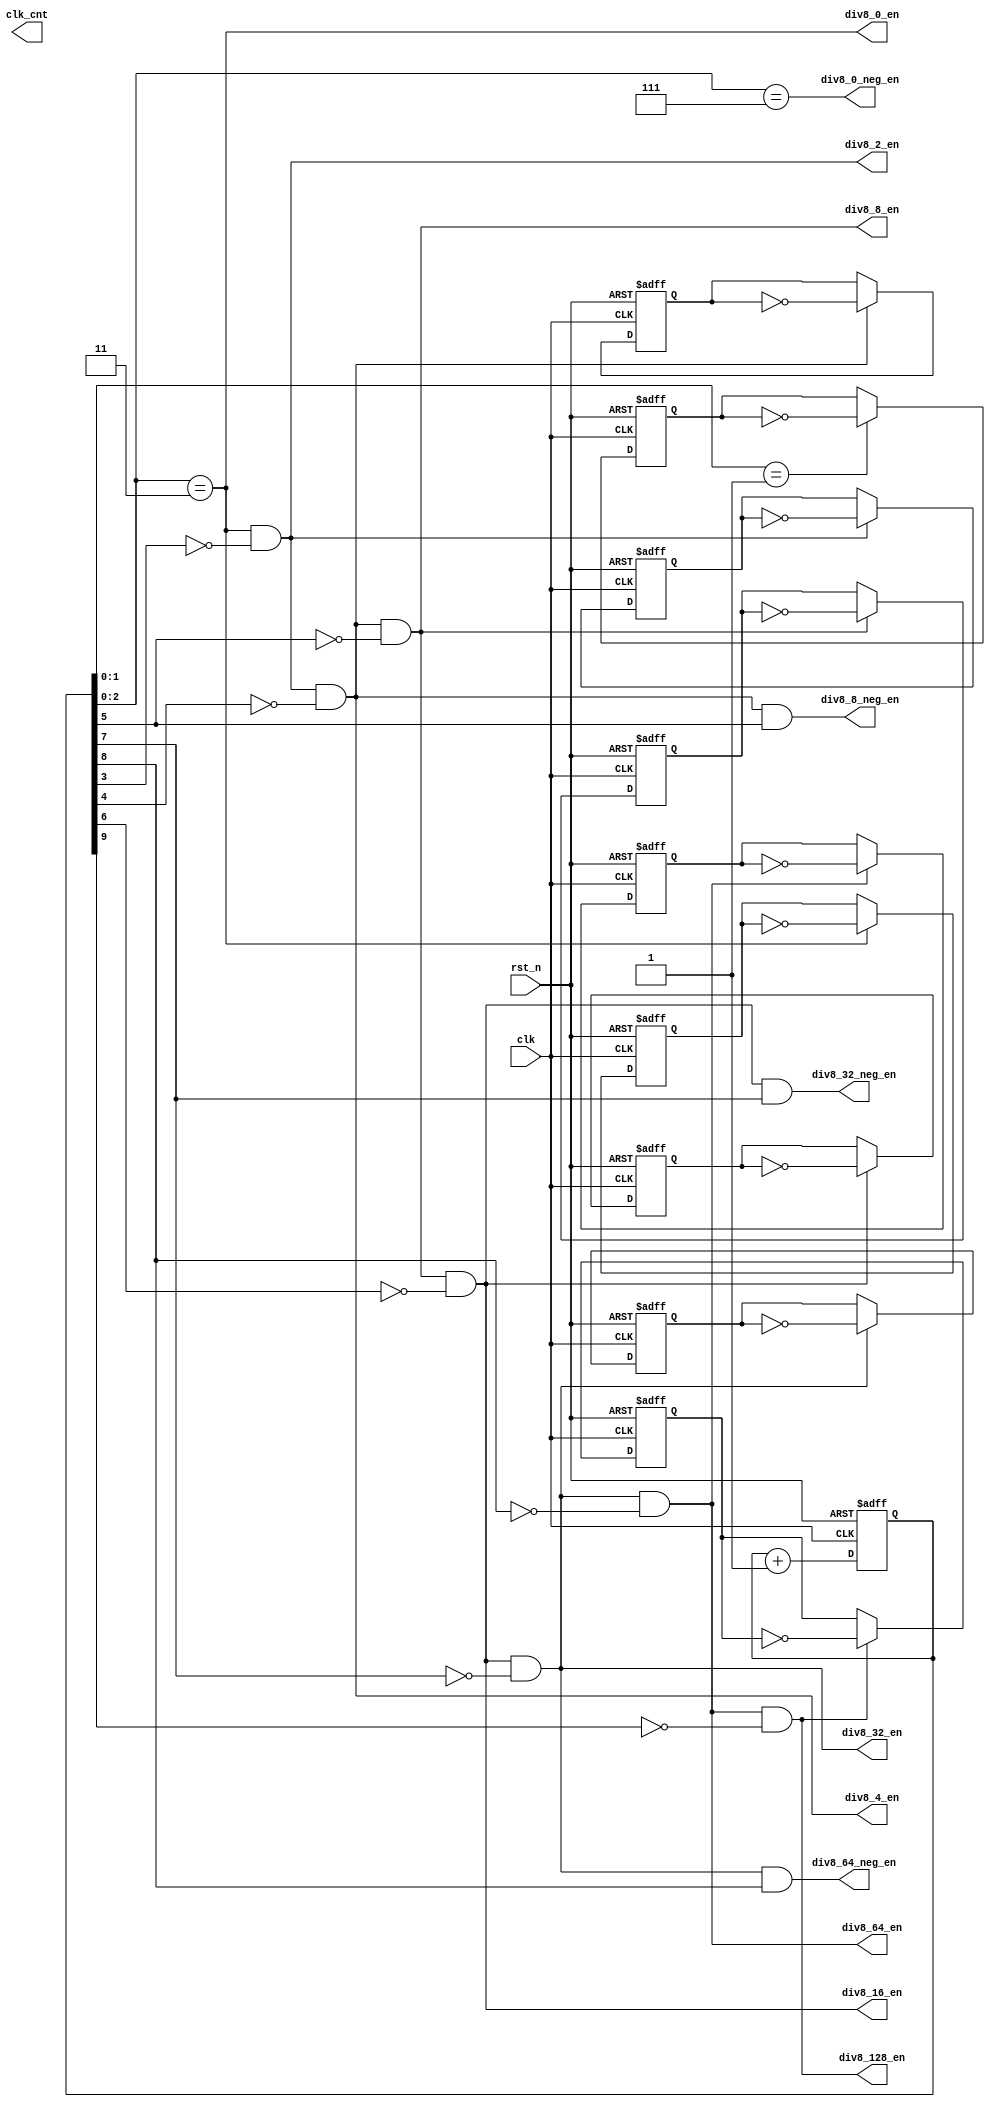
module clock_divider(
    clk,
    rst_n,
    div8_0_en,
    div8_0_neg_en,
    div8_2_en,
    div8_4_en,
    div8_8_en,
    div8_8_neg_en,
    div8_16_en,
    div8_32_en,
    div8_32_neg_en,
    div8_64_en,
    div8_64_neg_en,
    div8_128_en,
    clk_cnt
);

input              clk;
input              rst_n;
output             div8_0_en;       // 49.152 Mhz / 8    = 6.144 Mhz
output             div8_2_en;       // 49.152 Mhz / 16   = 3.072 Mhz
output             div8_4_en;       // 49.152 Mhz / 32   = 1.536 Mhz
output             div8_8_en;       // 49.152 Mhz / 64   = 768   khz
output             div8_16_en;      // 49.152 Mhz / 128  = 384   khz
output             div8_32_en;      // 49.152 Mhz / 256  = 192   khz
output             div8_64_en;      // 49.152 Mhz / 512  = 96    khz
output             div8_128_en;     // 49.152 Mhz / 1024 = 48    khz
output             div8_0_neg_en;   // 6.144 Mhz negedge
output             div8_8_neg_en;   // 768   khz negedge
output             div8_32_neg_en;  // 192   khz negedge
output             div8_64_neg_en;  // 96    khz negedge
output [9:0]       clk_cnt;

wire               div4_en;
wire               div8_0_en;       // 49.152 Mhz / 8    = 6.144 Mhz
wire               div8_2_en;       // 49.152 Mhz / 16   = 3.072 Mhz
wire               div8_4_en;       // 49.152 Mhz / 32   = 1.536 Mhz
wire               div8_8_en;       // 49.152 Mhz / 64   = 768   khz
wire               div8_16_en;      // 49.152 Mhz / 128  = 384   khz
wire               div8_32_en;      // 49.152 Mhz / 256  = 192   khz
wire               div8_64_en;      // 49.152 Mhz / 512  = 96    khz
wire               div8_128_en;     // 49.152 Mhz / 1024 = 48    khz
wire               div8_0_neg_en;   // 6.144 Mhz negedge
wire               div8_8_neg_en;   // 768   khz negedge
wire               div8_32_neg_en;  // 192   khz negedge
wire               div8_64_neg_en;  // 96    khz negedge
reg   [9:0]        div_cnt;
reg   [9:0]        clk_cnt;

//**********************************************************
//                    main logic
//**********************************************************
always @ (posedge clk or negedge rst_n) begin
    if (!rst_n)
        div_cnt <= 10'h0;
    else
        div_cnt <= div_cnt + 10'b1;
end

always @ (posedge clk or negedge rst_n) begin
    if (!rst_n) begin
        clk_cnt[1] <= 10'b0;
    end
    else if (div4_en) begin
        clk_cnt[1] <= ~clk_cnt[1];
    end
end
always @ (posedge clk or negedge rst_n) begin
    if (!rst_n) begin
        clk_cnt[2] <= 10'b0;
    end
    else if (div8_0_en) begin
        clk_cnt[2] <= ~clk_cnt[2];
    end
end
always @ (posedge clk or negedge rst_n) begin
    if (!rst_n) begin
        clk_cnt[3] <= 10'b0;
    end
    else if (div8_2_en) begin
        clk_cnt[3] <= ~clk_cnt[3];
    end
end
always @ (posedge clk or negedge rst_n) begin
    if (!rst_n) begin
        clk_cnt[4] <= 10'b0;
    end
    else if (div8_4_en) begin
        clk_cnt[4] <= ~clk_cnt[4];
    end
end
always @ (posedge clk or negedge rst_n) begin
    if (!rst_n) begin
        clk_cnt[5] <= 10'b0;
    end
    else if (div8_8_en) begin
        clk_cnt[5] <= ~clk_cnt[5];
    end
end
always @ (posedge clk or negedge rst_n) begin
    if (!rst_n) begin
        clk_cnt[6] <= 10'b0;
    end
    else if (div8_16_en) begin
        clk_cnt[6] <= ~clk_cnt[6];
    end
end
always @ (posedge clk or negedge rst_n) begin
    if (!rst_n) begin
        clk_cnt[7] <= 10'b0;
    end
    else if (div8_32_en) begin
        clk_cnt[7] <= ~clk_cnt[7];
    end
end
always @ (posedge clk or negedge rst_n) begin
    if (!rst_n) begin
        clk_cnt[8] <= 10'b0;
    end
    else if (div8_64_en) begin
        clk_cnt[8] <= ~clk_cnt[8];
    end
end
always @ (posedge clk or negedge rst_n) begin
    if (!rst_n) begin
        clk_cnt[9] <= 10'b0;
    end
    else if (div8_128_en) begin
        clk_cnt[9] <= ~clk_cnt[9];
    end
end

assign div4_en         = (div_cnt[1:0] == 3'h1);
assign div8_0_en       = (div_cnt[2:0] == 3'h3);
assign div8_0_neg_en   = (div_cnt[2:0] == 3'h7);
assign div8_2_en       = div8_0_en && !div_cnt[3];
assign div8_4_en       = div8_2_en && !div_cnt[4];
assign div8_8_en       = div8_4_en && !div_cnt[5]; 
assign div8_8_neg_en   = div8_4_en && div_cnt[5]; 
assign div8_16_en      = div8_8_en && !div_cnt[6];
assign div8_32_en      = div8_16_en && !div_cnt[7]; 
assign div8_32_neg_en  = div8_16_en && div_cnt[7]; 
assign div8_64_en      = div8_32_en && !div_cnt[8]; 
assign div8_64_neg_en  = div8_32_en && div_cnt[8]; 
assign div8_128_en     = div8_64_en && !div_cnt[9]; 

endmodule